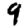
Digit: 9